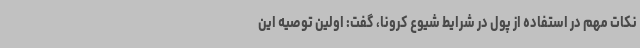
نکات مهم در استفاده از پول در شرایط شیوع کرونا، گفت: اولین توصیه این